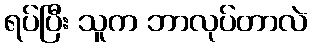
ရပ်ပြီး သူက ဘာလုပ်တာလဲ